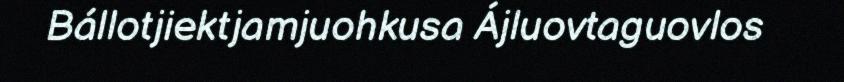
Bállotjiektjamjuohkusa Ájluovtaguovlos